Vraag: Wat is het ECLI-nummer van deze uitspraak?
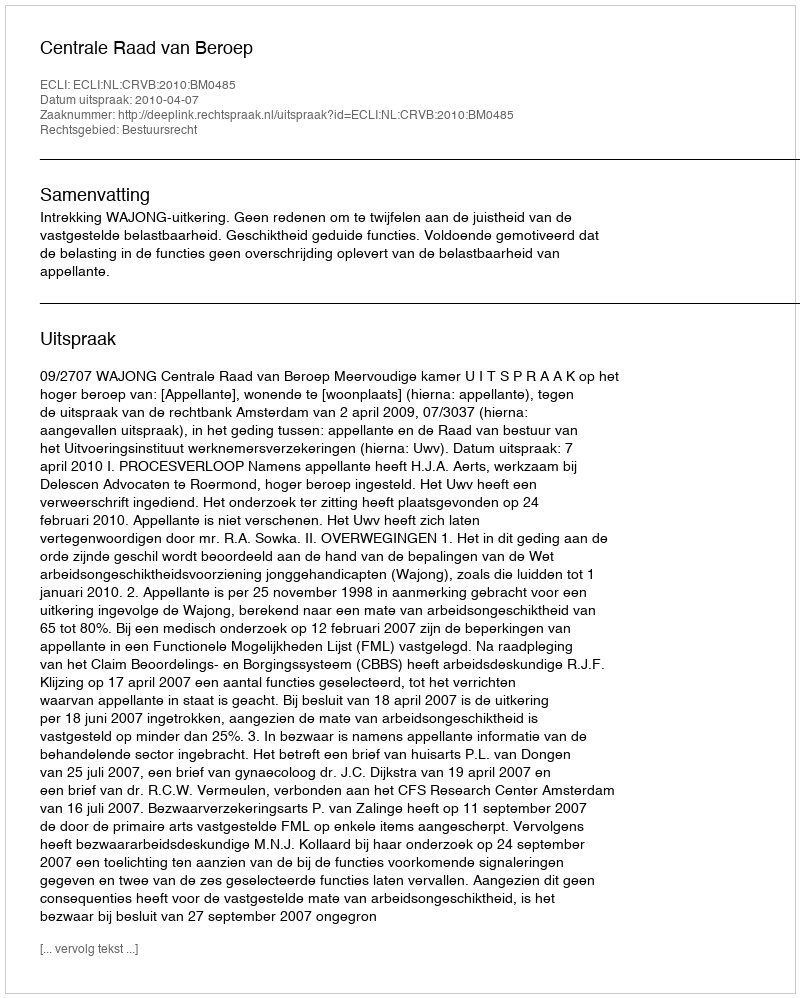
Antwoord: ECLI:NL:CRVB:2010:BM0485